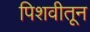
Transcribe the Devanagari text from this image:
पिशवीतून